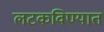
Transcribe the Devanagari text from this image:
लटकविण्यात